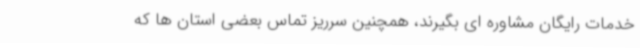
خدمات رایگان مشاوره ای بگیرند، همچنین سرریز تماس بعضی استان ها که